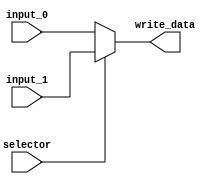
module mux(input wire[31:0] input_0,input wire[31:0] input_1,input wire selector,output wire[31:0] write_data);

assign write_data=(selector==0)? input_0:
		  (selector==1)?input_1:0;

endmodule 

module DataMemoryWithMux (Clk,MemWrite,Address,WriteData,ReadData,MemRead);
input MemWrite,Clk,MemRead;
input [31:0] Address;
input [31:0]WriteData;
output reg [31:0] ReadData;
parameter MemDepth = (2**8)-1;
reg [31:0] memory [0:MemDepth];

initial begin
		memory[0]  <= -15;
		memory[1]  <= 8;
		memory[2]  <= 0;
		memory[3]  <= 0;
		memory[4]  <= 0;
		memory[5]  <= 0;
		memory[6]  <= 0;
		memory[7]  <= 0;
		memory[8]  <= 0;
		memory[9]  <= 0;
		memory[10] <= 0;
		memory[11] <= 0;
		memory[12] <= 0;
		memory[13] <= 0;
		memory[14] <= 0;
		memory[15] <= 0;
		memory[16] <= 0;
		memory[17] <= 0;
		memory[18] <= 0;
		memory[19] <= 0;
		memory[20] <= 0;
		memory[21] <= 0;
		memory[22] <= 0;
		memory[23] <= 0;
		memory[24] <= 0;
		memory[25] <= 0;
		memory[26] <= 0;
		memory[27] <= 0;
		memory[28] <= 0;
		memory[29] <= 0;
		memory[44] <= 0;
		memory[45] <= 47;
		memory[46] <= 50;
		memory[246] <= 250;
end

always @(negedge Clk) begin
  if (MemWrite == 1'b1) begin
    memory[Address] <= WriteData;
  end
  // Use memread to indicate a valid address is on the line and read the memory into a register at that address when memread is asserted
  if (MemRead == 1'b1) begin
    ReadData <= memory[Address];
  end
end

endmodule

module MEMandWB( AlUResult, ReadData2, MemtoReg ,WriteDataReg,MemRead,MemWrite,Clk);
input wire  MemWrite,Clk,MemRead,MemtoReg;
input wire [31:0] AlUResult;
input wire [31:0] ReadData2;
output wire [31:0] WriteDataReg;
//ha3mel wire n abwslo be read data beta3t el memory le input 1 beta3t el mux
wire [31:0] MemtoMux;
DataMemoryWithMux x(Clk,MemWrite,AlUResult,ReadData2,MemtoMux,MemRead);
mux g(AlUResult,MemtoMux,MemtoReg,WriteDataReg);


endmodule